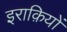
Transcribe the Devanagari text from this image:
इराक़ियों